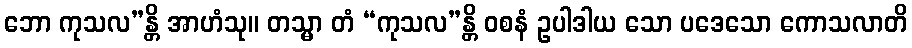
ဘော ကုသလ”န္တိ အာဟံသု။ တသ္မာ တံ “ကုသလ”န္တိ ဝစနံ ဥပါဒါယ သော ပဒေသော ကောသလာတိ